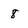
Character: 8